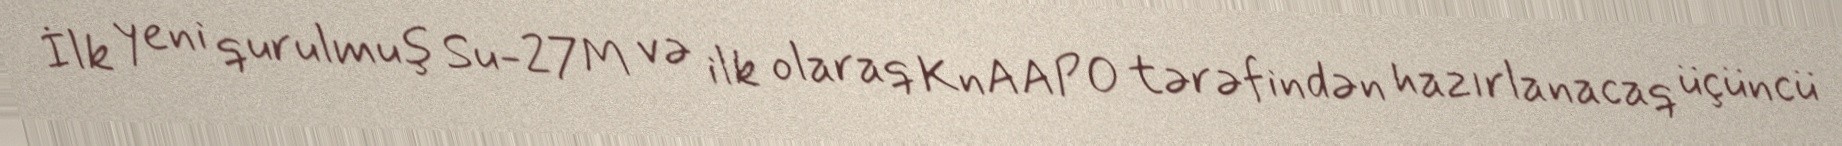
İlk yeni qurulmuş Su-27M və ilk olaraq KnAAPO tərəfindən hazırlanacaq üçüncü